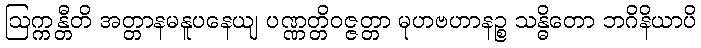
ဩက္ကန္တီတိ အတ္တာနမနူပနေယျ ပဏ္ဏတ္တိဝဇ္ဇတ္တာ မုဟဗဟာနဉ္စ သန္ဓိတော ဘဂိနိယာပိ